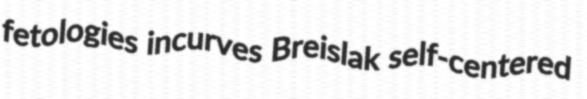
fetologies incurves Breislak self-centered